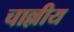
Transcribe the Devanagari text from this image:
चाल्लीय